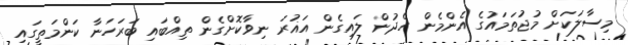
މިސާލަކަށް މުޖުތަމައުގެ އެންމެން ހެދުން ލައިގެން އަޣުރަ ނިވާކޮށްގެން ތިއްބައި ބަރަހަނާ ކަންމަތީގައި